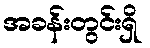
အခန်းတွင်းရှိ